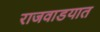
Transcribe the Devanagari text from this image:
राजवाडयात